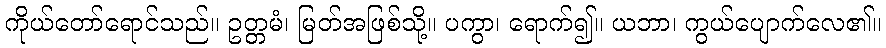
ကိုယ်တော်ရောင်သည်။ ဥတ္တမံ၊ မြတ်အဖြစ်သို့။ ပကွာ၊ ရောက်၍။ ယဘာ၊ ကွယ်ပျောက်လေ၏။